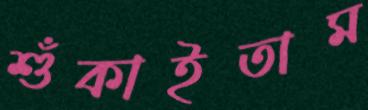
শুঁকাইতাম